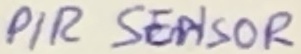
Text: PIR SENSOR